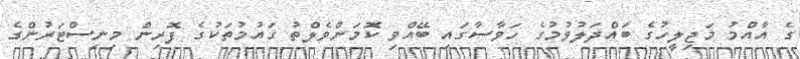
ގެ އާއްމު މަޖިލީހުގެ ބައްދަލުވުމުގެ ހަވާސާގައި ބޭއްވި ކޮމަންވެލްތު ގައުމުތަކުގެ ފޮރިން މިނިސްޓަރުންގެ